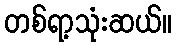
တစ်ရာ့သုံးဆယ်။